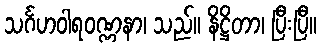
သင်္ဂဟဝါရဝဏ္ဏနာ၊ သည်။ နိဋ္ဌိတာ၊ ပြီးပြီ။